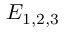
\ensuremath { { \cal E } } _ { 1 , 2 , 3 }